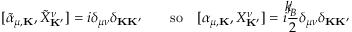
[ { \tilde { \alpha } } _ { \mu , { \bf K } } , { \tilde { X } } _ { \bf K ^ { \prime } } ^ { \nu } ] = i \delta _ { \mu \nu } \delta _ { { \bf K } { \bf K ^ { \prime } } } \qquad \mathrm { s o } \quad [ \alpha _ { \mu , { \bf K } } , X _ { \bf K ^ { \prime } } ^ { \nu } ] = i \frac { { \slash \! \! \! k } _ { \! { B } } } { 2 } \delta _ { \mu \nu } \delta _ { { \bf K } { \bf K ^ { \prime } } }